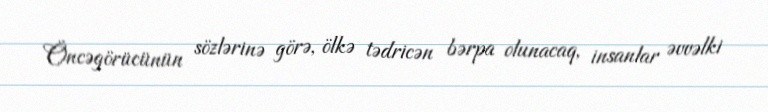
Öncəgörücünün sözlərinə görə, ölkə tədricən bərpa olunacaq, insanlar əvvəlki